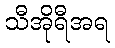
သီအိုရီအရ